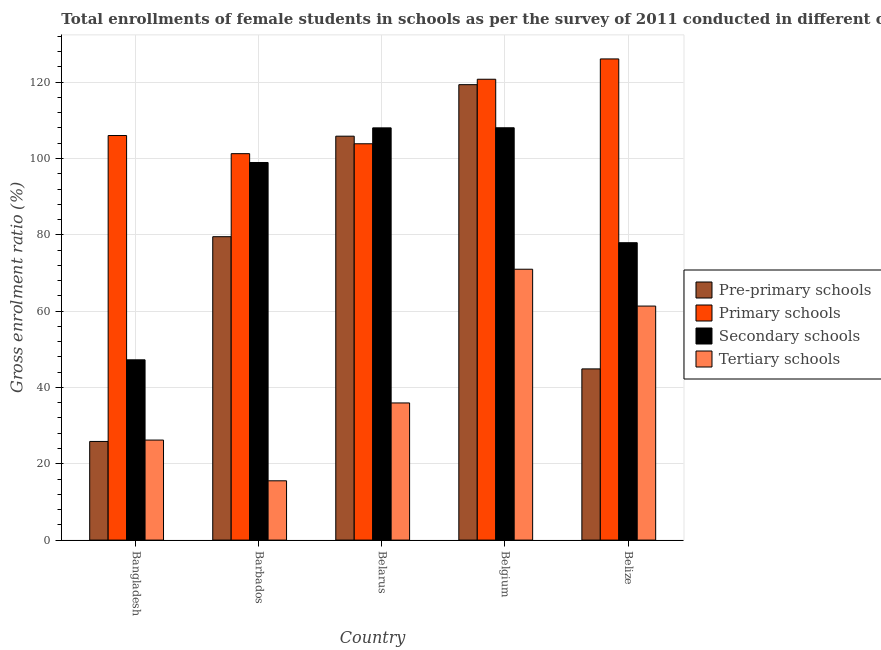
| Country | Pre-primary schools | Primary schools | Secondary schools | Tertiary schools |
 | --- | --- | --- | --- | --- |
 | Bangladesh | 25.9 | 106 | 47.2 | 26.2 |
 | Barbados | 79.5 | 101 | 99 | 15.5 |
 | Belarus | 106 | 104 | 108 | 35.9 |
 | Belgium | 119 | 121 | 108 | 71 |
 | Belize | 44.9 | 126 | 77.9 | 61.3 |